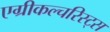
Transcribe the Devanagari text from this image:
एग्रीकल्चरिस्ट्स